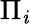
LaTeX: \Pi_{\mathit{i}}